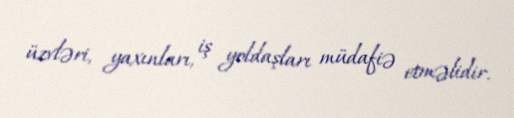
üzvləri, yaxınları, iş yoldaşları müdafiə etməlidir.